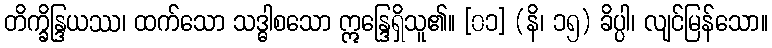
တိက္ခိန္ဒြယဿ၊ ထက်သော သဒ္ဓါစသော ဣန္ဒြေရှိသူ၏။ [၀၁] (နိ၊ ၁၅) ခိပ္ပါ၊ လျင်မြန်သော။